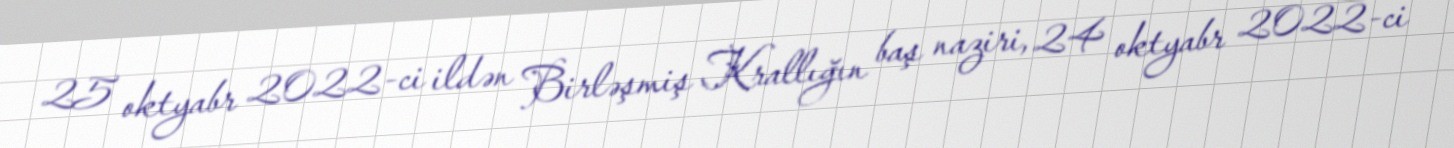
25 oktyabr 2022-ci ildən Birləşmiş Krallığın baş naziri, 24 oktyabr 2022-ci